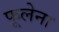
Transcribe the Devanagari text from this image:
फूलेना